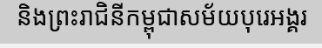
និងព្រះរាជិនីកម្ពុជាសម័យបុរេអង្គរ